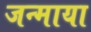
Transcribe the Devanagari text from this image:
जन्माया